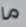
ما